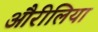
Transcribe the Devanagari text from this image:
औरीलिया